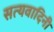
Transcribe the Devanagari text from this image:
सत्यवादिनी